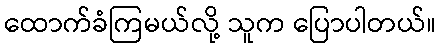
ထောက်ခံကြမယ်လို့ သူက ပြောပါတယ်။